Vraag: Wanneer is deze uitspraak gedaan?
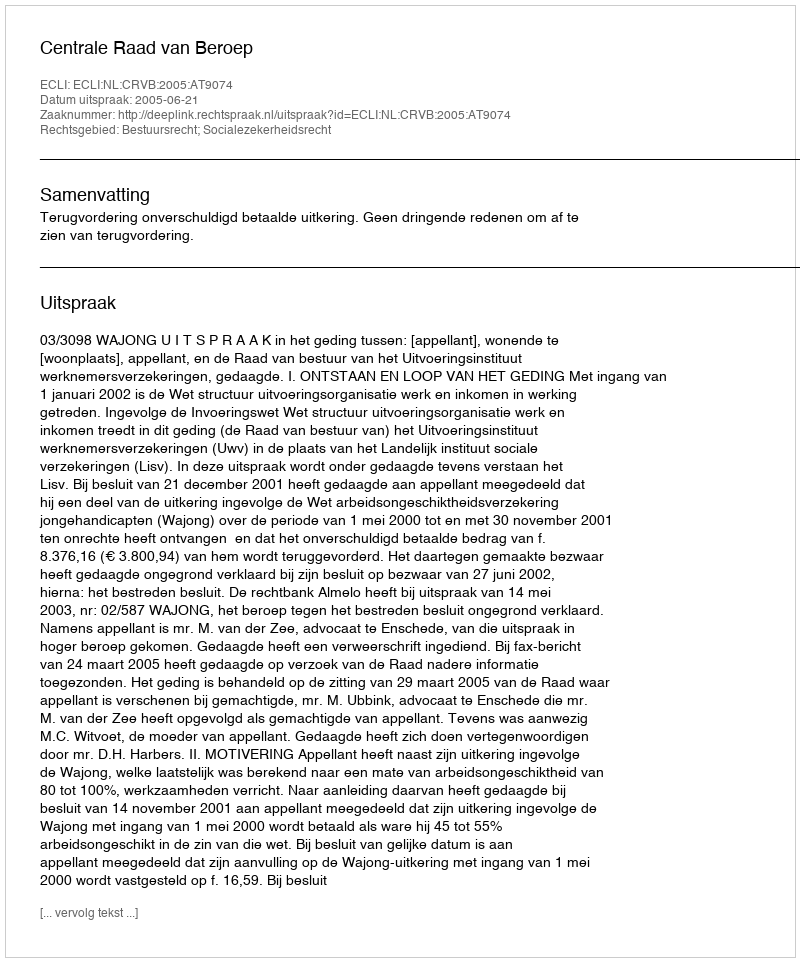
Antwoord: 2005-06-21